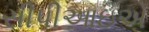
સીપીઆઇએ